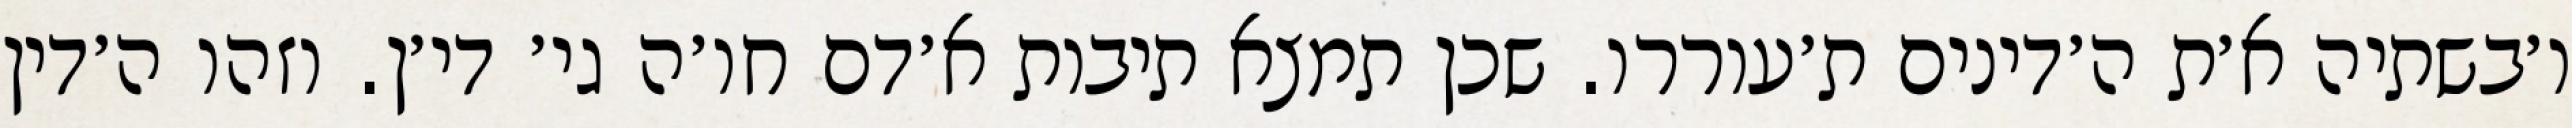
ו׳בשתיה א׳ת ה׳דינים ת׳עוררו. שכן תמצא תיבות א׳דם חו׳ה גי׳ די׳ן. וזהו ה׳דין